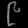
Digit: ၉